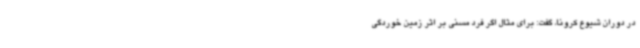
در دوران شیوع کرونا، گفت: برای مثال اگر فرد مسنی بر اثر زمین خوردگی